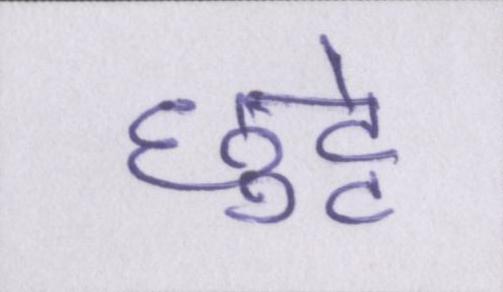
छुट्टे